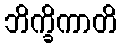
ဘိက္ခိကာတိ